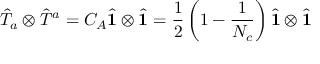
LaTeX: \hat { T } _ { a } \otimes \hat { T } ^ { a } = C _ { A } \hat { \bf 1 } \otimes \hat { \bf 1 } = \frac 1 2 \left( 1 - \frac { 1 } { N _ { c } } \right) \hat { \bf 1 } \otimes \hat { \bf 1 } \;